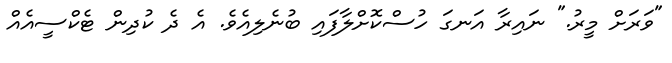
"ވަރަށް މީރު." ނައިރާ އަނގަ ހުސްކޮށްލާފައި ބުނެލިއެވެ. އެ ދެ ކުދިން ޓެކްސީއެއް